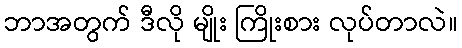
ဘာအတွက် ဒီလို မျိုး ကြိုးစား လုပ်တာလဲ။